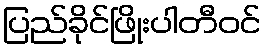
ပြည်ခိုင်ဖြိုးပါတီဝင်